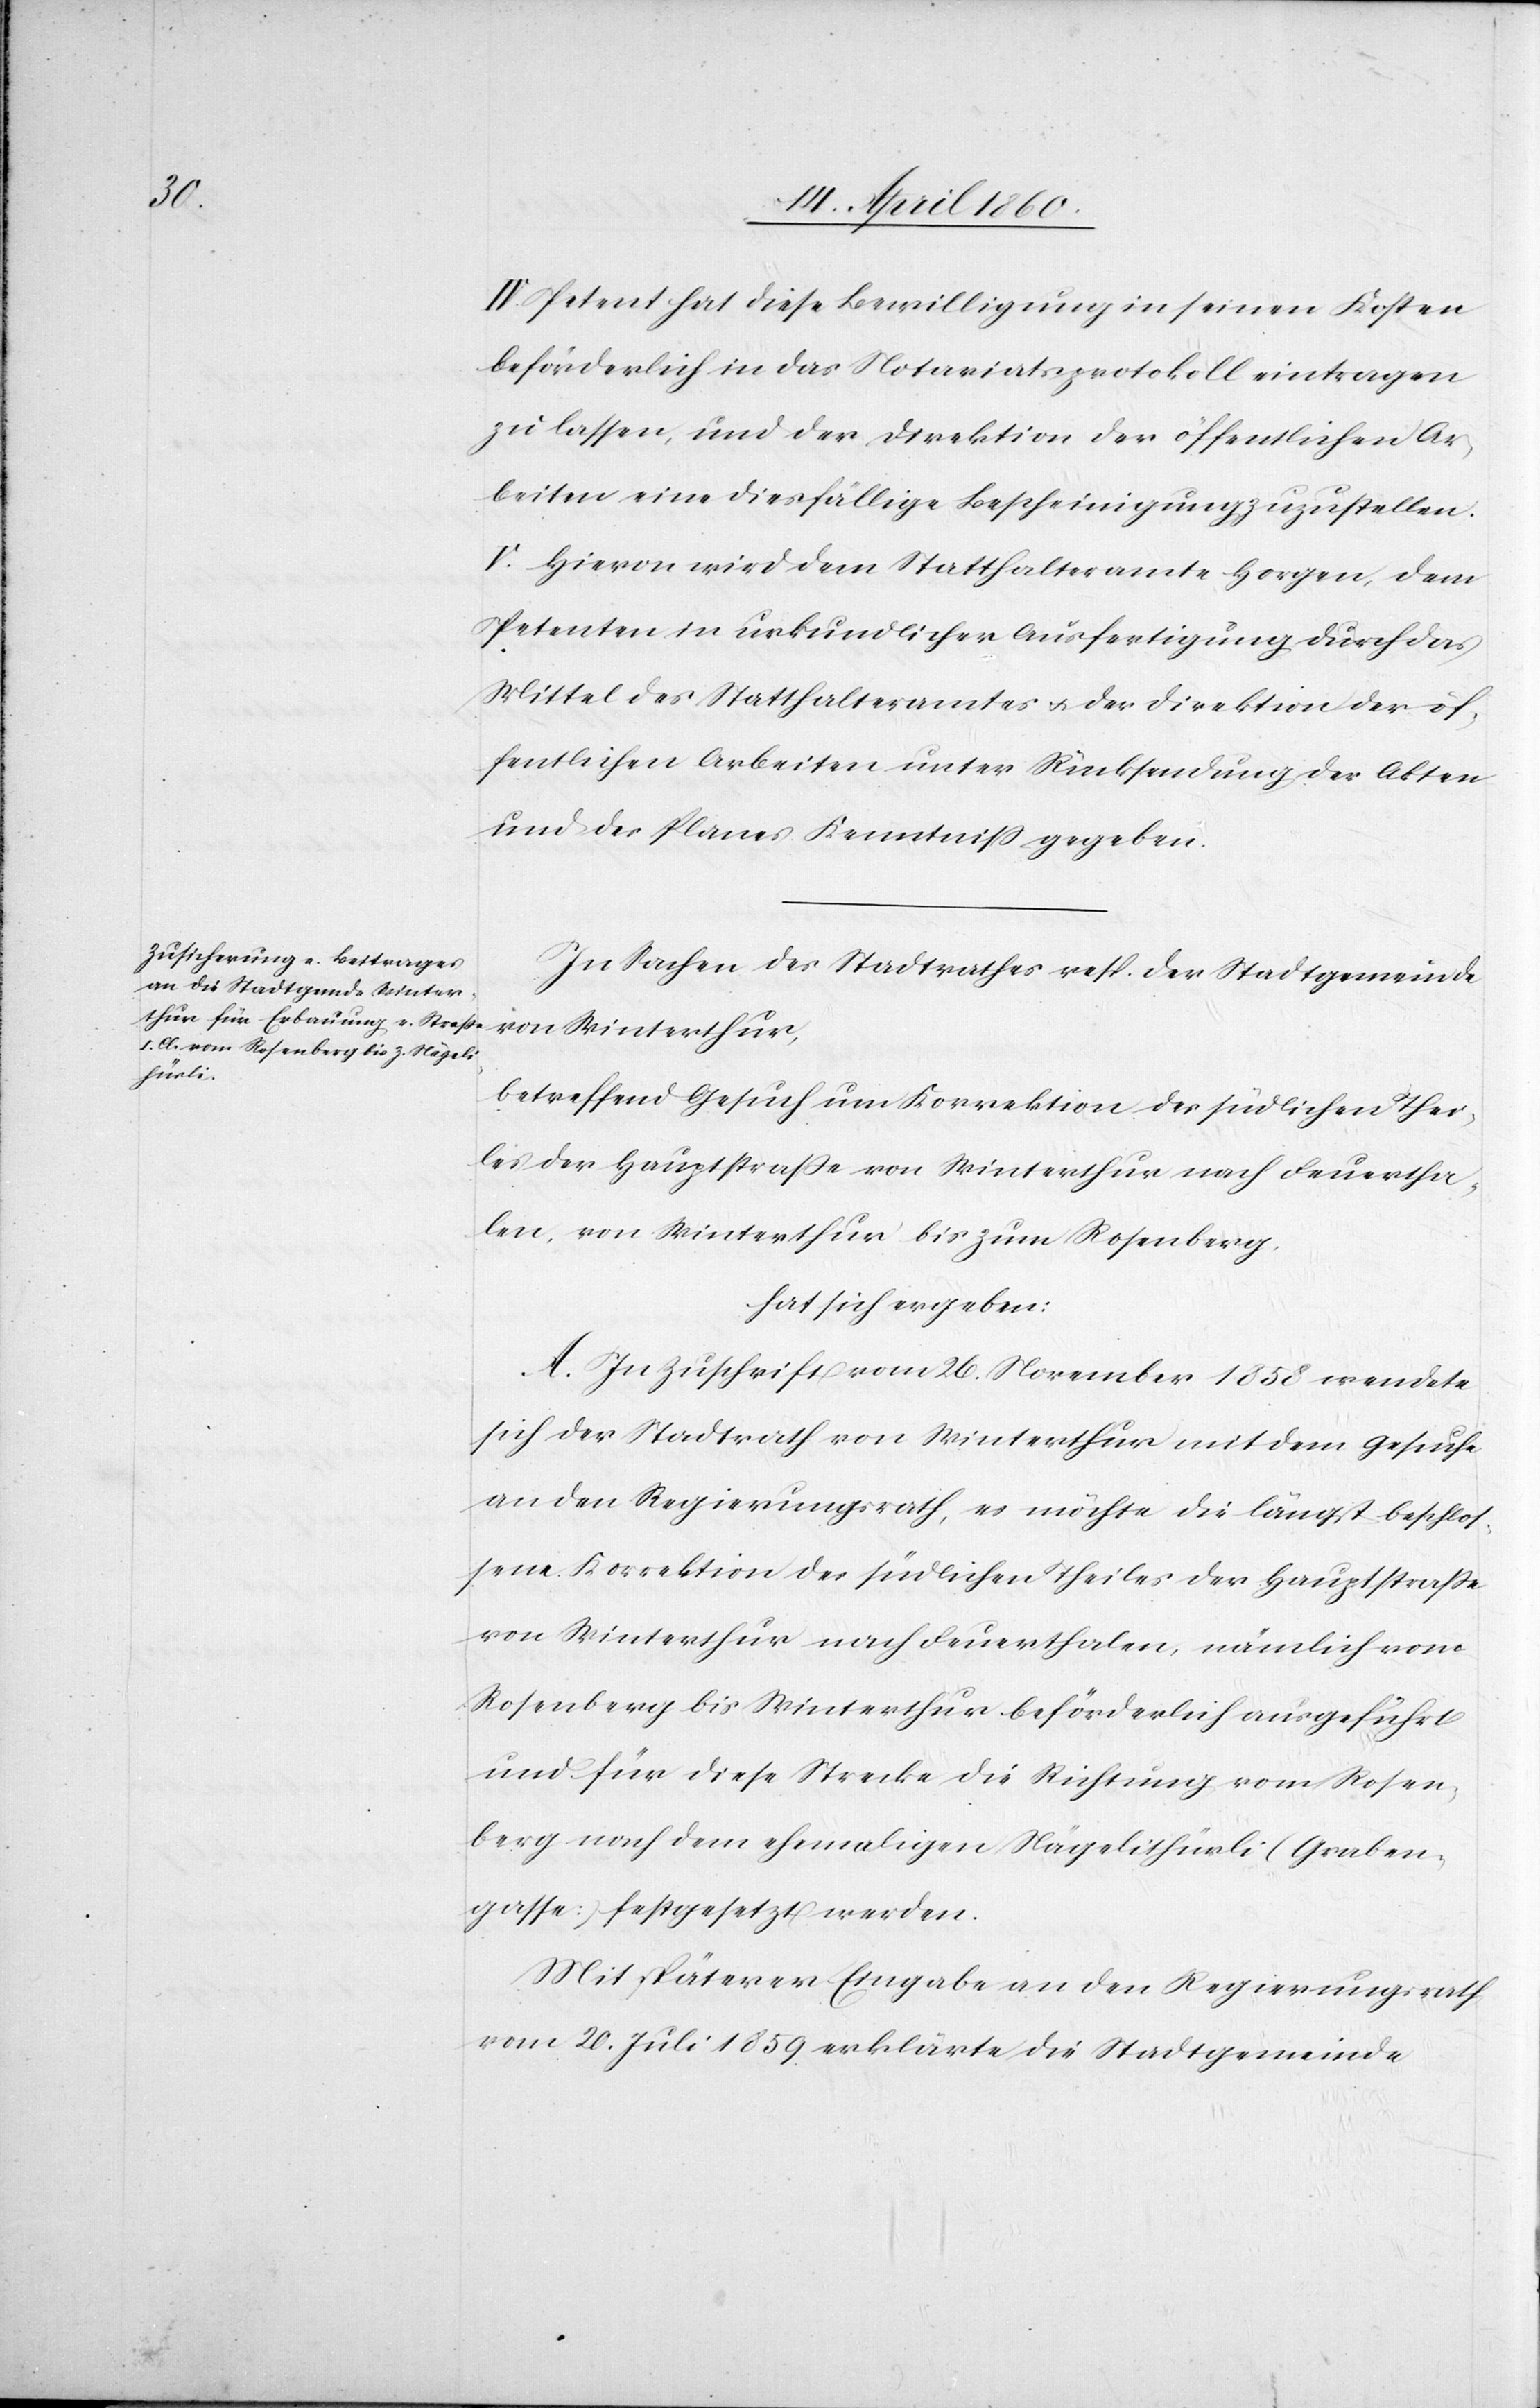
IV. Petent hat diese Bewilligung in seinen Kosten
beförderlich in das Notariatsprotokoll eintragen
zu lassen, und der Direktion der öffentlichen Ar¬
beiten eine diesfällige Bescheinigung zuzustellen.
V. Hievon wird dem Statthalteramte Horgen, dem
Petenten in urkundlicher Ausfertigung durch das
Mittel des Statthalteramtes u. der Direktion der öf¬
fentlichen Arbeiten unter Rücksendung der Akten
und des Planes Kenntniss gegeben.
In Sachen des Stadtrathes resp. der Stadtgemeinde
von Winterthur,
betreffend Gesuch um Korrektion des südlichen Thei¬
les der Hauptstrasse von Winterthur nach Feuertha¬
len, von Winterthur bis zum Rosenberg,
hat sich ergeben:
A. In Zuschrift vom 26. November 1858 wendete
sich der Stadtrath von Winterthur mit dem Gesuche
an den Regierungsrath, es möchte die längst beschlos¬
sene Korrektion des südlichen Theiles der Hauptstrasse
von Winterthur nach Feuerthalen, nämlich vom
Rosenberg bis Winterthur beförderlich ausgeführt
und für diese Strecke die Richtung vom Rosen¬
berg nach dem ehemaligen Nägelithürli (Graben¬
gasse) festgesetzt werden.
Mit späterer Eingabe an den Regierungsrath
vom 20. Juli 1859 erklärte die Stadtgemeinde